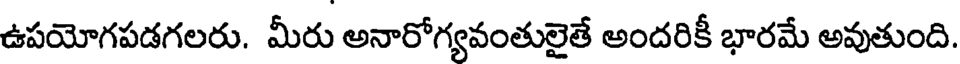
ఉపయోగపడగలరు. మీరు అనారోగ్యవంతులైతే అందరికీ భారమే అవుతుంది.